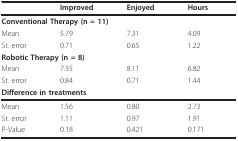
|  | Improved | Enjoyed | Hours |
 | --- | --- | --- | --- |
 | <COLSPAN=4> Conventional Therapy (n = 11) |
 | Mean | 5.79 | 7.31 | 4.09 |
 | St. error | 0.71 | 0.65 | 1.22 |
 | <COLSPAN=4> Robotic Therapy (n = 8) |
 | Mean | 7.35 | 8.11 | 6.82 |
 | St. error | 0.84 | 0.71 | 1.44 |
 | <COLSPAN=4> Difference in treatments |
 | Mean | 1.56 | 0.80 | 2.73 |
 | St. error | 1.11 | 0.97 | 1.91 |
 | P-Value | 0.18 | 0.421 | 0.171 |